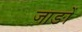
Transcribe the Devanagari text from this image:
जाङों